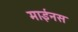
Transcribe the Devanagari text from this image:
माईनस